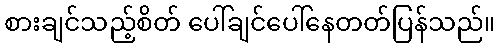
စားချင်သည့်စိတ် ပေါ်ချင်ပေါ်နေတတ်ပြန်သည်။